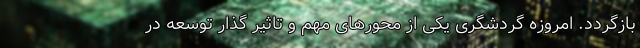
بازگردد. امروزه گردشگری یکی از محور‌های مهم و تاثیر گذار توسعه در